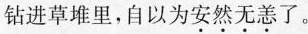
钻进草堆里，自以为\underset{·}{安}\underset{·}{然}\underset{·}{无}\underset{·}{恙}了。